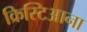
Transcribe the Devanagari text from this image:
क्रिस्टिआना